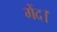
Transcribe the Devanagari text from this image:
गेंद।